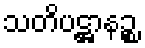
သတိပဋ္ဌာနဉ္စ